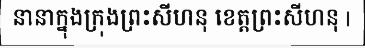
នានាក្នុងក្រុងព្រះសីហនុ ខេត្តព្រះសីហនុ |